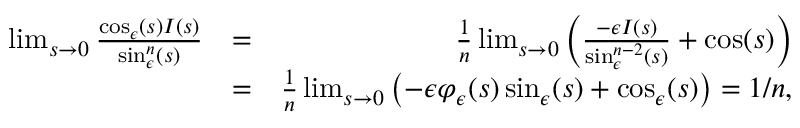
\begin{array} { r l r } { \operatorname* { l i m } _ { s \rightarrow 0 } \frac { \cos _ { \epsilon } ( s ) I ( s ) } { \sin _ { \epsilon } ^ { n } ( s ) } } & { = } & { \frac { 1 } { n } \operatorname* { l i m } _ { s \rightarrow 0 } \left( \frac { - \epsilon I ( s ) } { \sin _ { \epsilon } ^ { n - 2 } ( s ) } + \cos ( s ) \right) } \\ & { = } & { \frac { 1 } { n } \operatorname* { l i m } _ { s \rightarrow 0 } \left( - \epsilon \varphi _ { \epsilon } ( s ) \sin _ { \epsilon } ( s ) + \cos _ { \epsilon } ( s ) \right) = 1 / n , } \end{array}